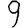
Digit: 9